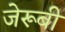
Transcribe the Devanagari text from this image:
जेरूबी